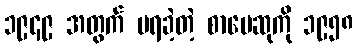
၁၉၄၉ အတွက် မရခဲ့တဲ့ စာပေဆုကို ၁၉၅၈